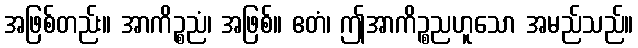
အဖြစ်တည်း။ အာကိဉ္စညံ၊ အဖြစ်။ ဧတံ၊ ဤအာကိဉ္စညဟူသော အမည်သည်။